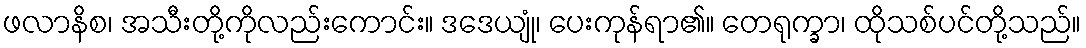
ဖလာနိစ၊ အသီးတို့ကိုလည်းကောင်း။ ဒဒေယျုံ၊ ပေးကုန်ရာ၏။ တေရုက္ခာ၊ ထိုသစ်ပင်တို့သည်။